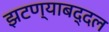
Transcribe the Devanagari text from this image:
झटण्याबद्दल